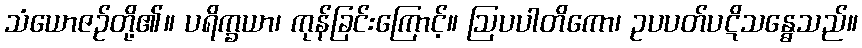
သံယောဇဉ်တို့၏။ ပရိက္ခယာ၊ ကုန်ခြင်းကြောင့်။ ဩပပါတိကော၊ ဥပပတ်ပဋိသန္ဓေသည်။